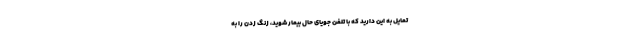
تمایل به این دارید که با تلفن جویای حال بیمار شوید، زنگ زدن را به